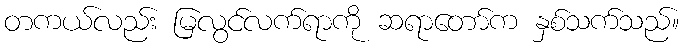
တကယ်လည်း မြလွင်လက်ရာကို ဆရာတော်က နှစ်သက်သည်။